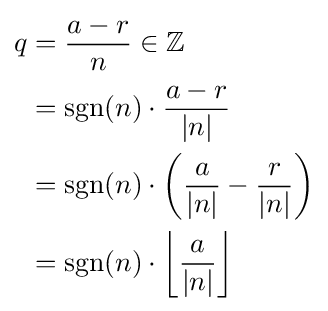
{\begin{aligned}q&={\frac {a-r}{n}}\in \mathbb {Z} \\&={\text{sgn}}(n)\cdot {\frac {a-r}{|n|}}\\&={\text{sgn}}(n)\cdot \left({\frac {a}{|n|}}-{\frac {r}{|n|}}\right)\\&={\text{sgn}}(n)\cdot \left\lfloor {\frac {a}{\left|n\right|}}\right\rfloor \end{aligned}}